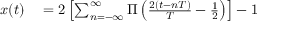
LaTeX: \begin{array} { r l } { x ( t ) } & { { } = 2 \left[ \sum _ { n = - \infty } ^ { \infty } \Pi \left( { \frac { 2 ( t - n T ) } { T } } - { \frac { 1 } { 2 } } \right) \right] - 1 } \end{array}